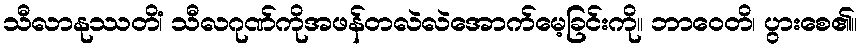
သီလာနုဿတိံ၊ သီလဂုဏ်ကိုအဖန်တလဲလဲအောက်မေ့ခြင်းကို။ ဘာဝေတိ၊ ပွားစေ၏။